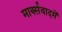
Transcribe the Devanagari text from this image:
मार्क्सवादमें